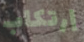
إرتكاب